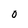
Character: 0